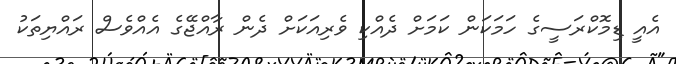
އެއީ ޑިމޮކްރަސީގެ ހަމަކަން ކަމަށް ދެއްކި ވެރިއަކަށް ދެން ރާއްޖޭގެ އެއްވެސް ރައްޔިތަކު